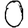
Digit: 0